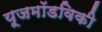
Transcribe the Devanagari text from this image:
यूजमॉडविकी